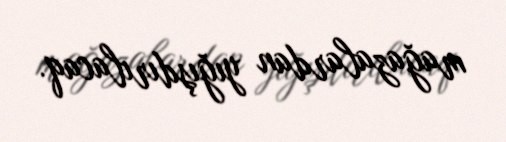
mağazalardan yığışdırılacaq.